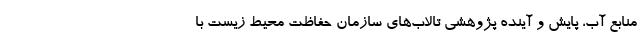
منابع آب، پایش و آینده پژوهشی تالاب‌های سازمان حفاظت محیط زیست با